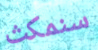
سنمكث